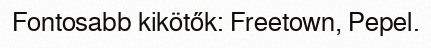
Fontosabb kikötők: Freetown, Pepel.